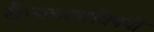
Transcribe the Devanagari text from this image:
सैन्यबलाविषयी